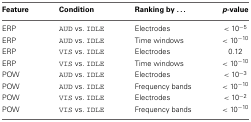
<table><thead><tr><td><b>Feature</b></td><td><b>Condition</b></td><td><b>Ranking by ...</b></td><td><b><i>p</i>-value</b></td></tr></thead><tbody><tr><td>ERP</td><td>AUD vs. IDLE</td><td>Electrodes</td><td>&lt;10<sup>−5</sup></td></tr><tr><td>ERP</td><td>AUD vs. IDLE</td><td>Time windows</td><td>&lt;10<sup>−10</sup></td></tr><tr><td>ERP</td><td>VIS vs. IDLE</td><td>Electrodes</td><td>0.12</td></tr><tr><td>ERP</td><td>VIS vs. IDLE</td><td>Time windows</td><td>&lt;10<sup>−10</sup></td></tr><tr><td>POW</td><td>AUD vs. IDLE</td><td>Electrodes</td><td>&lt;10<sup>−3</sup></td></tr><tr><td>POW</td><td>AUD vs. IDLE</td><td>Frequency bands</td><td>&lt;10<sup>−10</sup></td></tr><tr><td>POW</td><td>VIS vs. IDLE</td><td>Electrodes</td><td>&lt;10<sup>−2</sup></td></tr><tr><td>POW</td><td>VIS vs. IDLE</td><td>Frequency bands</td><td>&lt;10<sup>−10</sup></td></tr></tbody></table>